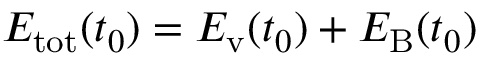
E _ { \mathrm { t o t } } ( t _ { 0 } ) = E _ { \mathrm { v } } ( t _ { 0 } ) + E _ { \mathrm { B } } ( t _ { 0 } )